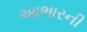
આભારની